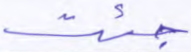
جئت